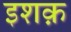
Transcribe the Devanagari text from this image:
इशक़